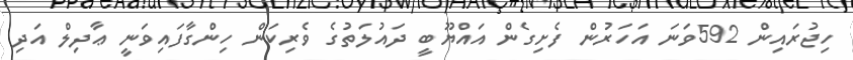
ހިޖުރައިން 592ވަނަ އަހަރުން ފެށިގެން އައްޔޫބީ ދައުލަތުގެ ވެރިކަން ހިންގާފައިވަނީ ޢާދިލް އަދި